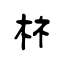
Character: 标